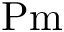
\mathrm { P m }